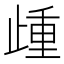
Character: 歱